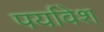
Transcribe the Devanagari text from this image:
पर्यावेश